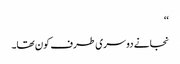
‘‘
نجانے دوسری طرف کون تھا۔